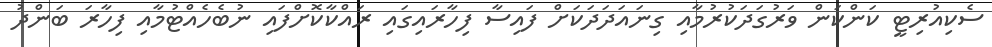
ސެކިއުރިޓީ ކަންކަން ވަރުގަދަކުރުމާއި ގިނައަދަދަކަށް ފައިސާ ފިހާރައިގައި ރައްކާކޮށްފައި ނުބެހެއްޓުމާއި ފިހާރަ ބަންދު